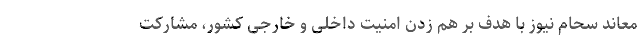
معاند سحام نیوز با هدف بر هم زدن امنیت داخلی و خارجی کشور، مشارکت